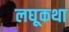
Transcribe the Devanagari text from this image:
लघूकथा